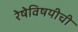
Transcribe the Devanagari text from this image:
रेषेविषयीची